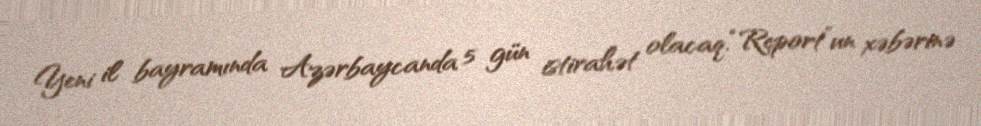
Yeni il bayramında Azərbaycanda 5 gün istirahət olacaq.“Report”un xəbərinə